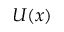
U ( x )